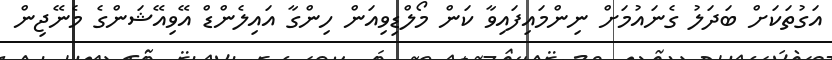
އަގުތަކަށް ބަދަލު ގެނައުމަށް ނިންމައިފައިވާ ކަން މޯލްޑިވިއަން ހިންގާ އައިލެންޑް އޭވިއޭޝަންގެ މެނޭޖިން